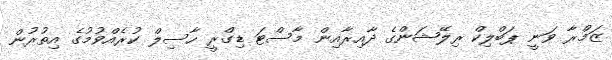
ޒަމްރާ ވަނީ ޕަބްލިކް ރިލޭޝަންގެ ދާއިރާއިން މާސްޓަ ޑިގްރީ ހާސިލް ކުރެއްވުމުގެ އިތުރުން